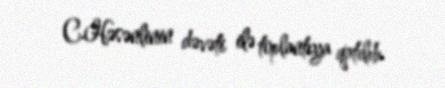
C.Həsənlinin dəvəti ilə toplantıya qatılıb.